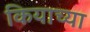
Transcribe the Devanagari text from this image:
कियाच्या